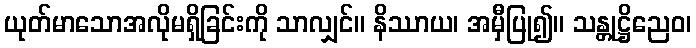
ယုတ်မာသောအလိုမရှိခြင်းကို သာလျှင်။ နိဿာယ၊ အမှီပြု၍။ သန္တုဋ္ဌိညေဝ၊